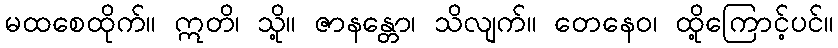
မထစေထိုက်။ ဣတိ၊ သို့။ ဇာနန္တော၊ သိလျက်။ တေနေဝ၊ ထို့ကြောင့်ပင်။